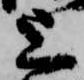
上